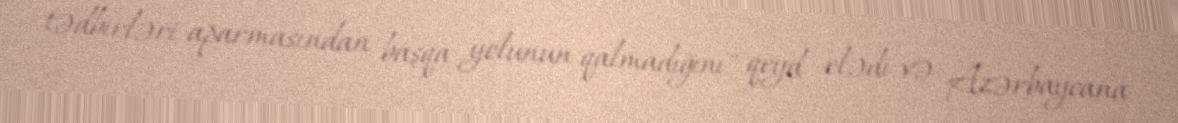
tədbirləri aparmasından başqa yolunun qalmadığını" qeyd elədi və Azərbaycana